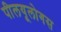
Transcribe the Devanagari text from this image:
पीलयूलोगस